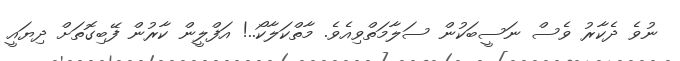
ނުވެ ދެކާރު ވެސް ނަސީބަކުން ސަލާމަތްވިއެވެ. މާތްކަލާކޯ..! އަފްލީން ކާރުން ފޭބިގޮތަށް ދިޔައީ